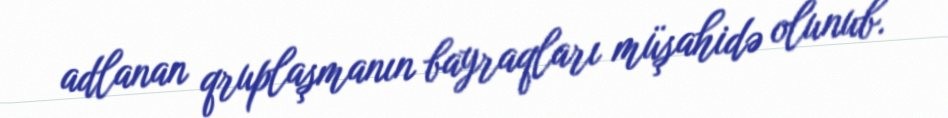
adlanan qruplaşmanın bayraqları müşahidə olunub.